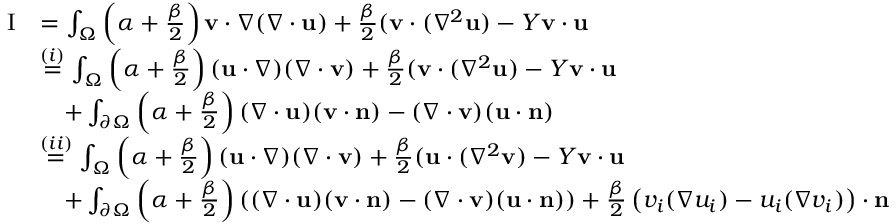
\begin{array} { r l } { \mathrm { I } } & { = \int _ { \Omega } \left( \alpha + \frac { \beta } { 2 } \right) \mathbf { v } \cdot \nabla ( \nabla \cdot \mathbf { u } ) + \frac { \beta } { 2 } ( \mathbf { v } \cdot ( \nabla ^ { 2 } \mathbf { u } ) - Y \mathbf { v } \cdot \mathbf { u } } \\ & { \overset { ( i ) } { = } \int _ { \Omega } \left( \alpha + \frac { \beta } { 2 } \right) ( \mathbf { u } \cdot \nabla ) ( \nabla \cdot \mathbf { v } ) + \frac { \beta } { 2 } ( \mathbf { v } \cdot ( \nabla ^ { 2 } \mathbf { u } ) - Y \mathbf { v } \cdot \mathbf { u } } \\ & { \quad + \int _ { \partial \Omega } \left( \alpha + \frac { \beta } { 2 } \right) ( \nabla \cdot \mathbf { u } ) ( \mathbf { v } \cdot \mathbf { n } ) - ( \nabla \cdot \mathbf { v } ) ( \mathbf { u } \cdot \mathbf { n } ) } \\ & { \overset { ( i i ) } { = } \int _ { \Omega } \left( \alpha + \frac { \beta } { 2 } \right) ( \mathbf { u } \cdot \nabla ) ( \nabla \cdot \mathbf { v } ) + \frac { \beta } { 2 } ( \mathbf { u } \cdot ( \nabla ^ { 2 } \mathbf { v } ) - Y \mathbf { v } \cdot \mathbf { u } } \\ & { \quad + \int _ { \partial \Omega } \left( \alpha + \frac { \beta } { 2 } \right) \left( ( \nabla \cdot \mathbf { u } ) ( \mathbf { v } \cdot \mathbf { n } ) - ( \nabla \cdot \mathbf { v } ) ( \mathbf { u } \cdot \mathbf { n } ) \right) + \frac { \beta } { 2 } \left( v _ { i } ( \nabla u _ { i } ) - u _ { i } ( \nabla v _ { i } ) \right) \cdot \mathbf { n } } \end{array}